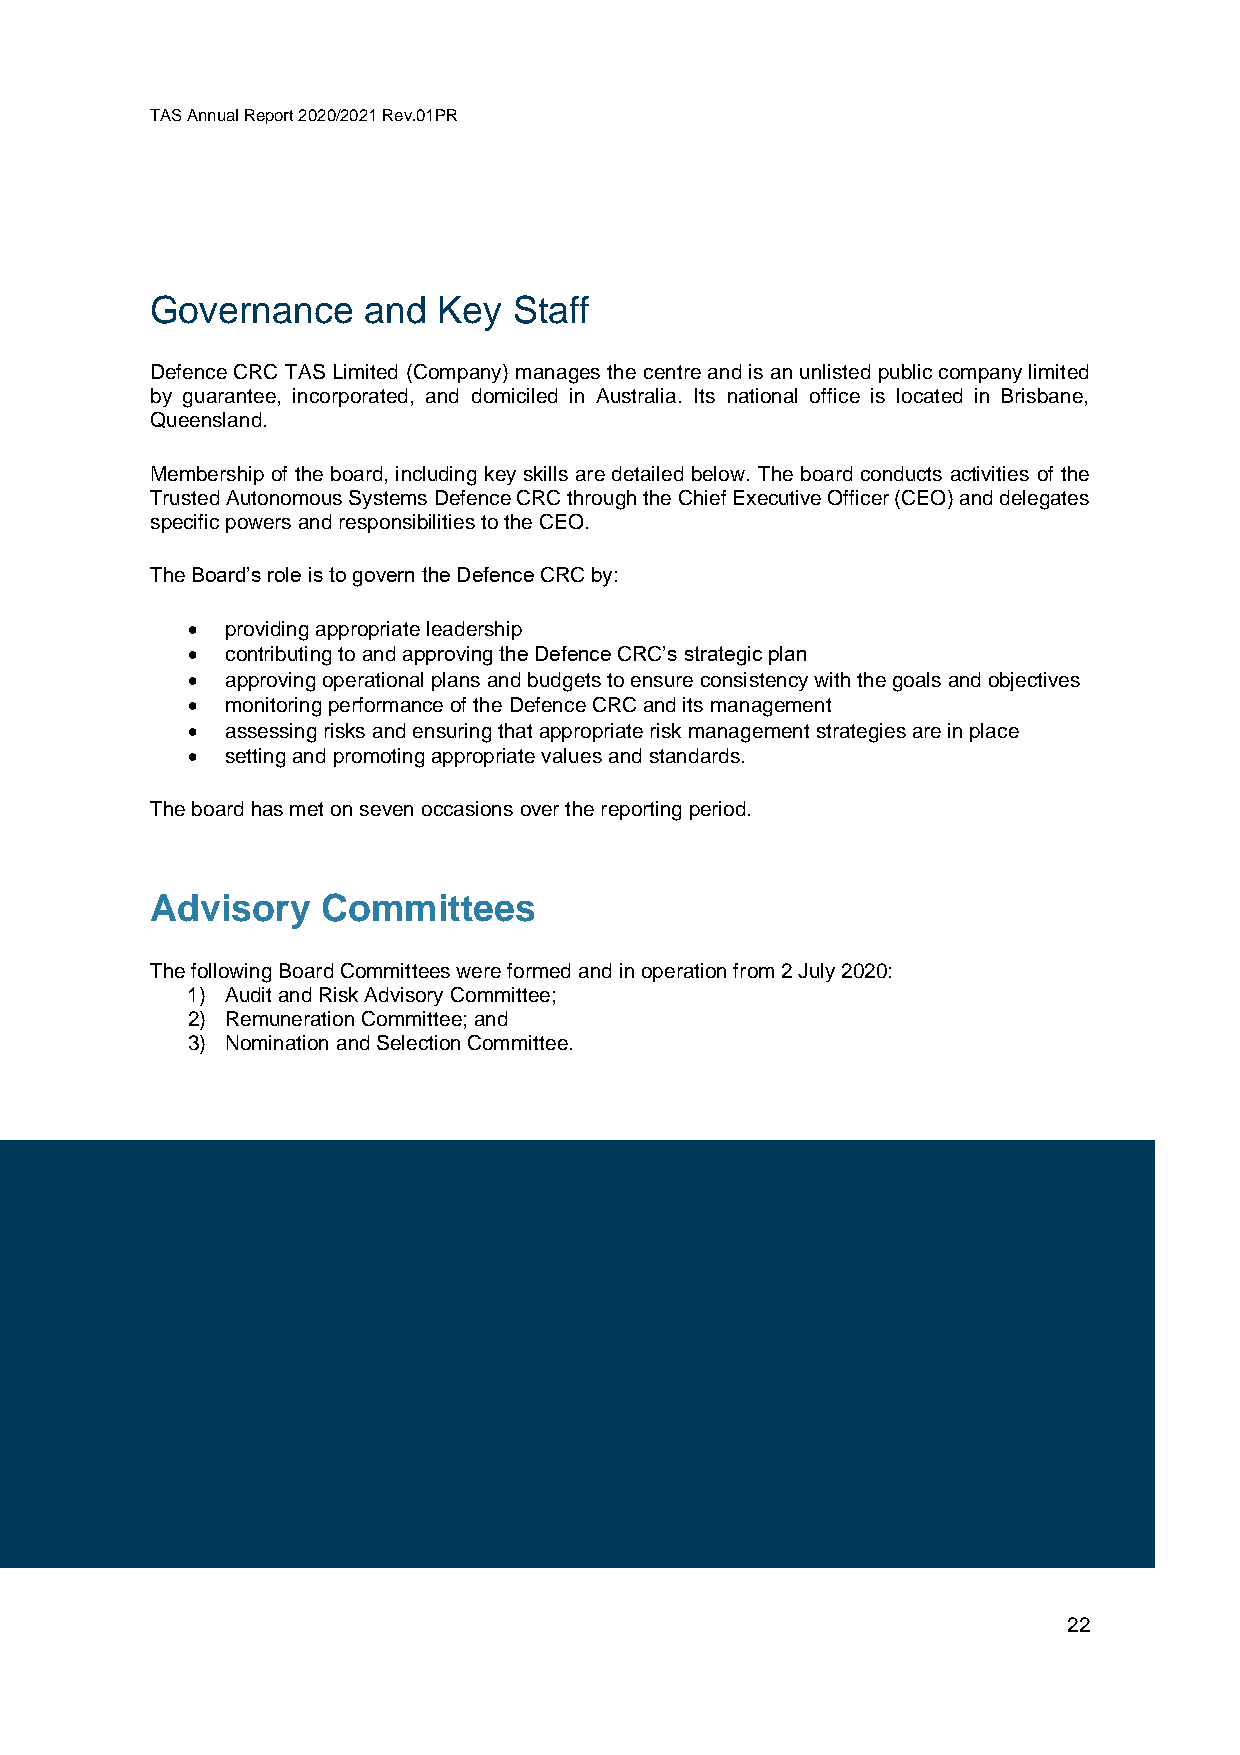
TAS Annual Report 2020/2021 Rev.01PR
 Governance    and  Key  Staff
 Defence CRC TAS Limited (Company) manages the centre and is an unlisted public company limited
 by guarantee, incorporated, and domiciled in Australia. Its national office is located in Brisbane,
 Queensland.
 Membership of the board, including key skills are detailed below. The board conducts activities of the
 Trusted Autonomous Systems Defence CRC through the Chief Executive Officer (CEO) and delegates
 specific powers and responsibilities to the CEO.
 The Board’s role is to govern the Defence CRC by:
 •  providing appropriate leadership
 •  contributing to and approving the Defence CRC’s strategic plan
 •  approving operational plans and budgets to ensure consistency with the goals and objectives
 •  monitoring performance of the Defence CRC and its management
 •  assessing risks and ensuring that appropriate risk management strategies are in place
 •  setting and promoting appropriate values and standards.
 The board has met on seven occasions over the reporting period.
 Advisory   Committees
 The following Board Committees were formed and in operation from 2 July 2020:
 1) Audit and Risk Advisory Committee;
 2) Remuneration Committee; and
 3) Nomination and Selection Committee.
 22